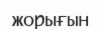
жорығын